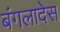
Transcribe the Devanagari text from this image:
बंगलादेस